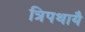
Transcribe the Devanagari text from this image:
त्रिपथायै